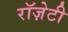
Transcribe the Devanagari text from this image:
रॉज़ेटी